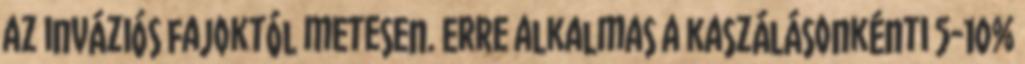
az inváziós fajoktól metesen. Erre alkalmas a kaszálásonkénti 5-10%